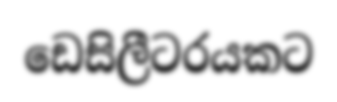
ඩෙසිලීටරයකට